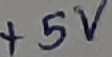
Text: +5V